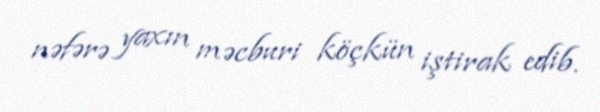
nəfərə yaxın məcburi köçkün iştirak edib.